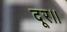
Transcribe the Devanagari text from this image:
दूर।।